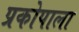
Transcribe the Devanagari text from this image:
प्रकोपाला